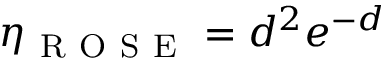
\eta _ { \mathrm { ~ R ~ O ~ S ~ E ~ } } = d ^ { 2 } e ^ { - d }